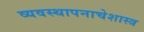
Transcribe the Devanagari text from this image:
व्यवस्थापनाचेशास्त्र